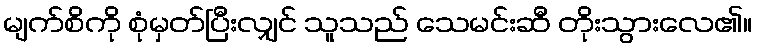
မျက်စိကို စုံမှတ်ပြီးလျှင် သူသည် သေမင်းဆီ တိုးသွားလေ၏။